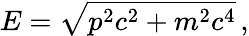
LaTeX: E=\sqrt{p^{2}c^{2}+m^{2}c^{4}}\, ,